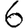
Digit: 6